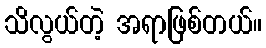
သိလွယ်တဲ့ အရာဖြစ်တယ်။